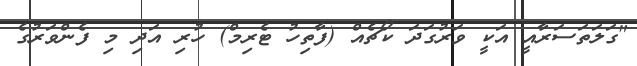
"ގަލަތަސަރާއީ އަކީ ވަރުގަދަ ކޯޗެއް (ފާތިހު ޓެރިމް) ހުރި އަދި މި ފެންވަރުގެ